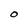
Character: O